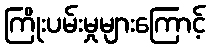
ကြိုးပမ်းမှုများကြောင့်